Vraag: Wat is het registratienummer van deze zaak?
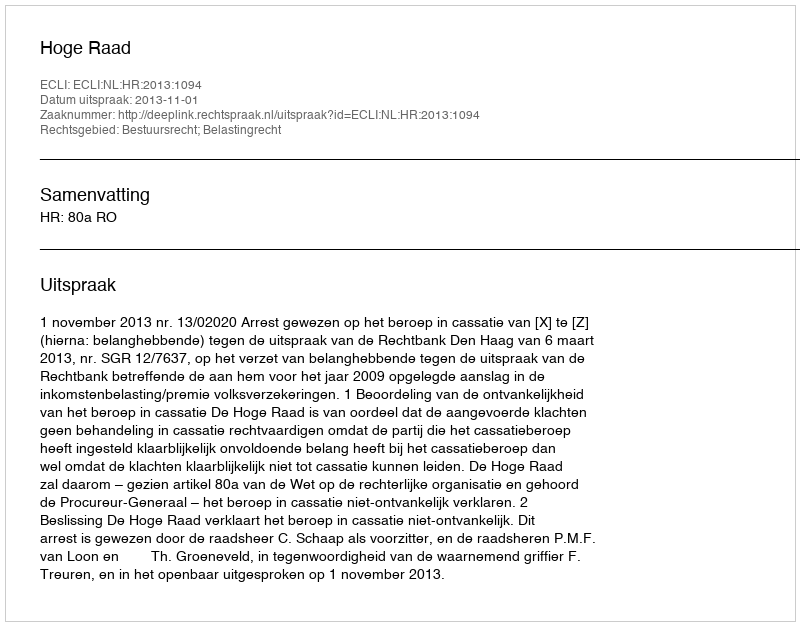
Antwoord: http://deeplink.rechtspraak.nl/uitspraak?id=ECLI:NL:HR:2013:1094